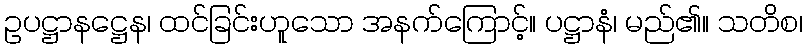
ဥပဋ္ဌာနဋ္ဌေန၊ ထင်ခြင်းဟူသော အနက်ကြောင့်။ ပဋ္ဌာနံ၊ မည်၏။ သတိစ၊